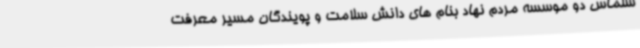
سلماس دو موسسه مردم نهاد بنام های دانش سلامت و پویندگان مسیر معرفت